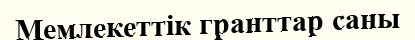
Мемлекеттік гранттар саны